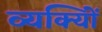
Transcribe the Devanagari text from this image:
व्यक्याेिं